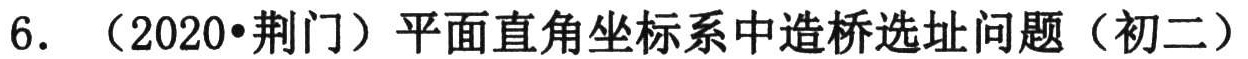
6. （2020•荆门）平面直角坐标系中造桥选址问题（初二）